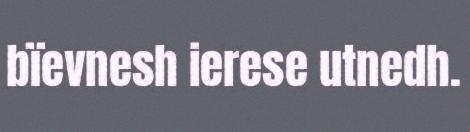
bïevnesh ierese utnedh.